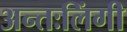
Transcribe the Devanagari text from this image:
अन्तःलिंगी